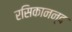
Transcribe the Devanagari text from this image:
रसिकानन्द